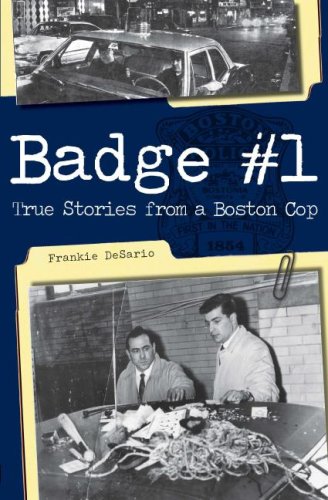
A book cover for Badge #1:: True Stories from a Boston Cop; Frankie DeSario; Biographies & Memoirs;